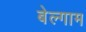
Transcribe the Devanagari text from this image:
बेल्गाम